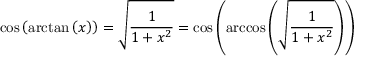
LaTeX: \cos \left( \arctan \left( x \right) \right) = { \sqrt { \frac { 1 } { 1 + x ^ { 2 } } } } = \cos \left( \operatorname { a r c c o s } \left( { \sqrt { \frac { 1 } { 1 + x ^ { 2 } } } } \right) \right)